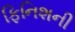
ફિનિશની